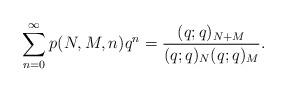
LaTeX: \begin{align*}\sum_{n=0}^\infty p(N,M,n) q^n= \frac{(q;q)_{N+M}}{(q;q)_N(q;q)_M}.\end{align*}